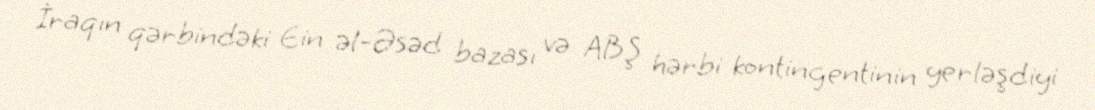
İraqın qərbindəki Ein əl-Əsəd bazası və ABŞ hərbi kontingentinin yerləşdiyi